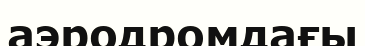
аэродромдағы